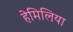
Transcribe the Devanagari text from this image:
हेमिलिया